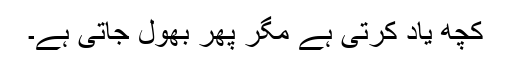
کچھ یاد کرتی ہے مگر پھر بھول جاتی ہے۔